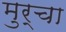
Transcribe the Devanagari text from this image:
मुर्चा